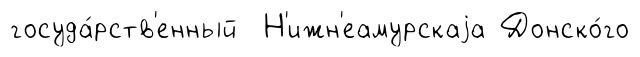
госуда́рств'енный Н'ижн'еамурскаjа Донско́го